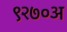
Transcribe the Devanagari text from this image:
९२७०अ